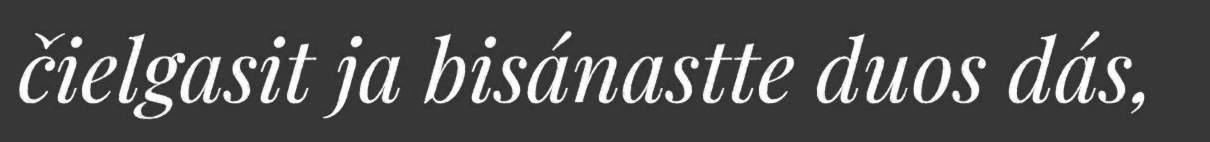
čielgasit ja bisánastte duos dás,